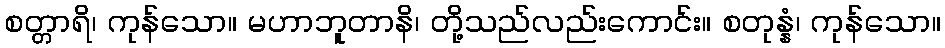
စတ္တာရိ၊ ကုန်သော။ မဟာဘူတာနိ၊ တို့သည်လည်းကောင်း။ စတုန္နံ၊ ကုန်သော။